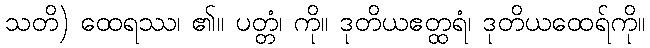
သတိ) ထေရဿ၊ ၏။ ပတ္တံ၊ ကို။ ဒုတိယဧတ္ထရံ၊ ဒုတိယထေရ်ကို။